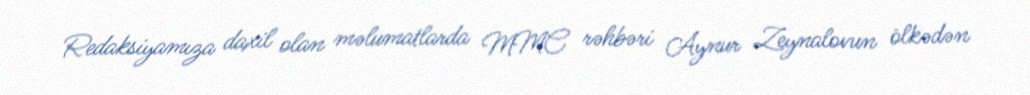
Redaksiyamıza daxil olan məlumatlarda MMC rəhbəri Aynur Zeynalovun ölkədən